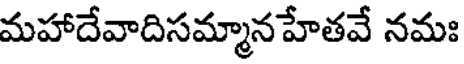
మహాదేవాదిసమ్మానహేతవే నమః